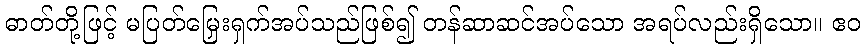
ဓာတ်တို့ဖြင့် မပြတ်မြှေးရှက်အပ်သည်ဖြစ်၍ တန်ဆာဆင်အပ်သော အရပ်လည်းရှိသော။ ဧဝ